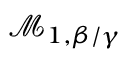
\mathcal { M } _ { 1 , \beta / \gamma }